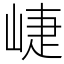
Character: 崨